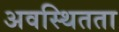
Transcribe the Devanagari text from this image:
अवस्थितता